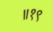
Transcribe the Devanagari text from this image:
॥१९